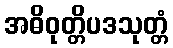
အဓိဝုတ္တိပဒသုတ္တံ